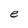
Character: e